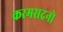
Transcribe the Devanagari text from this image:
करमसदनो